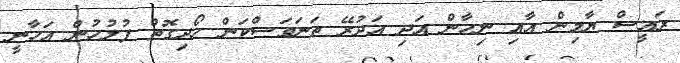
ރައީސް ޔާމިން އާއި ނިހާން އަދި އަދުރޭ ތަނަވަސްކަން ހޯދިގޮތް ފުލުހުން އަހާނީ